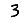
Digit: 3